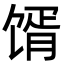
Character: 𩠋